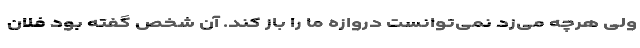
ولی هرچه می‌زد نمی‌توانست دروازه ما را باز کند. آن شخص گفته بود فلان